Indian Medical Review
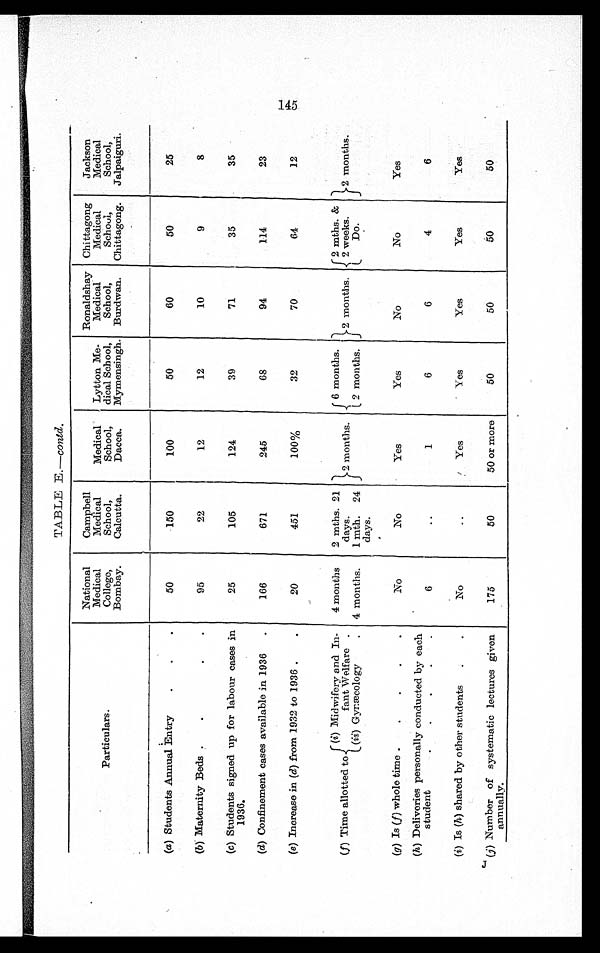
TABLE E.—contd.
Particulars.
National
Medical
College,
Bombay.
Campbell
Medical
School,
Calcutta.
Medical
School,
Dacca.
Lytton Me-
dical School,
Mymensingh.
Ronaldshay
Medical
School,
Burdwan.
Chittagong
Medical
School,
Chittagong.
Jackson
Medical
School,
Jalpaiguri.
(a) Students Annual Entry
.
.
.
50
150
100
50
60
50
25
(b) Maternity Beds .
.
95
22
12
12
10
9
8
(c) Students signed up for labour cases in
1936.
25
105
124
39
71
35
35
(d) Confinement cases available in 1936
.
166
671
245
68
94
114
23
(e) Increase in (d) from 1932 to 1936 .
.
20
451
100%
32
70
64
12
(f) Time allotted to - (i) Midwifery and In-
fant Welfare
4 months
2 mths. 21
days.
-2 months.
1 6 months.
2 months.
J
2 mths. &
2 weeks.
Do.
2
2 months.
.
(ii)
G y n æ c o l o g y
4 months.
1 mth. 24
days.
( 2 months.
(g) Is (f) whole time .
.
.
.
.
No
No
Yes
Yes
No
No
Yes
(h) Deliveries personally conducted by each
student
6
. .
1
6
6
4
6
(i) Is (h) shared by other students
.
.
No
..
1 Yes
' Yes
Yes
Yes
Yes
(j) Number of systematic lectures given
annually.
175
50
50 or more
50
50
50
50